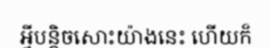
អ្វីបន្តិចសោះយ៉ាងនេះ ហើយក៏